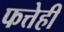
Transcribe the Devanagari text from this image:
फत्तेही